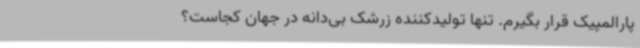
پارالمپیک قرار بگیرم. تنها تولیدکننده زرشک بی‌دانه در جهان کجاست؟